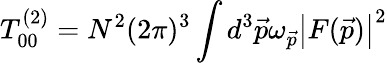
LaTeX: T_{00}^{(2)}={N^{2}(2\pi)^{3}}\int{{d^{3}\vec{p}\omega_{\vec{p}}}\left|F(\vec{p})\right|^{2}}